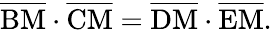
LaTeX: {\overline{{\mathrm{BM}}}}\cdot{\overline{{\mathrm{CM}}}}={\overline{{\mathrm{DM}}}}\cdot{\overline{{\mathrm{EM}}}}.